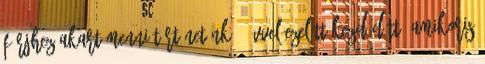
férjhez akart menni Történetünk 3 évvel ezelőtt kezdődött, amikoris